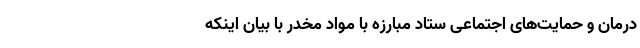
درمان و حمایت‌های اجتماعی ستاد مبارزه با مواد مخدر با بیان اینکه